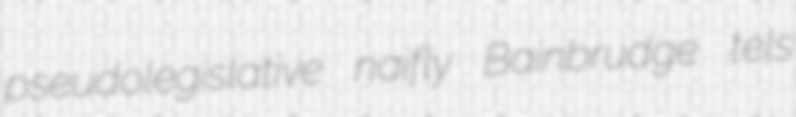
pseudolegislative naifly Bainbrudge tels